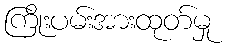
ကြိုးပမ်းအားထုတ်မှု